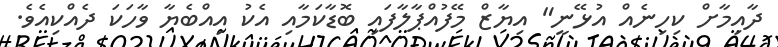
ދާއިމާށް ކިހިނެއް އުޅޭނީ" އިޔާޒް މޭފުއްޕާލާފައި ބޮޑާކަމާއި އެކު އިއްބެޔާ ވާހަކަ ދެއްކިއެވެ.